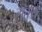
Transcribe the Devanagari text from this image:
सत्त्य